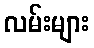
လမ်းများ